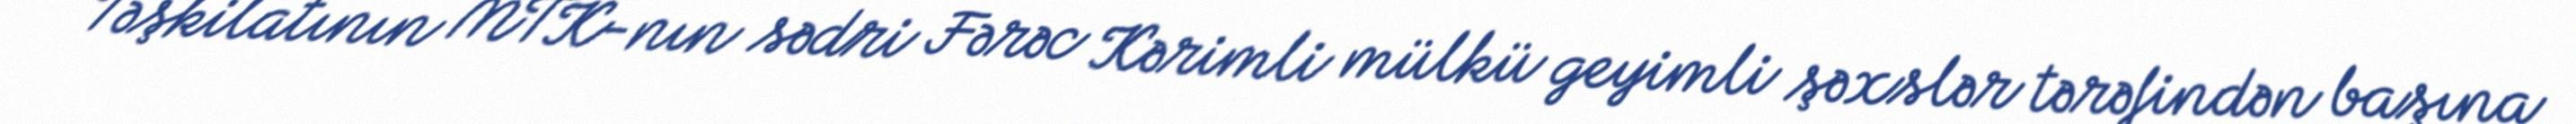
Təşkilatının MTK-nın sədri Fərəc Kərimli mülkü geyimli şəxslər tərəfindən başına